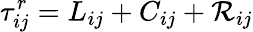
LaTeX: \tau_{ij}^{r}=L_{ij}+C_{ij}+\mathcal{R}_{ij}